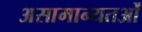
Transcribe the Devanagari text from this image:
असामान्यतओं